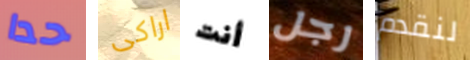
حدا اراكى أنت رجل لنقدم